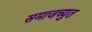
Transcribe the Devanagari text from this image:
समाजच्युत